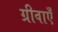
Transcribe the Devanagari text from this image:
ग्रीवाएँ